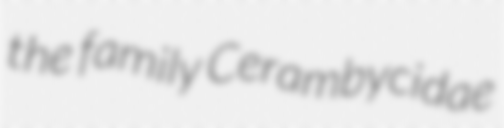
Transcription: the family Cerambycidae